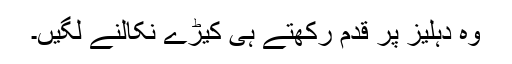
وہ دہلیز پر قدم رکھتے ہی کیڑے نکالنے لگیں۔